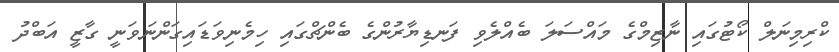
ކްރިމިނަލް ކޯޓުގައި ނާޒިމްގެ މައްސަލަ ބެއްލެވި ފަނޑިޔާރުންގެ ބެންޗްގައި ހިމެނިވަޑައިގަންނަވަނީ ގާޒީ އަބްދު